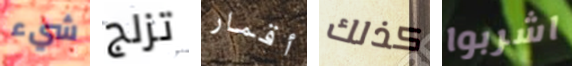
شيء تزلج أقمار كذلك اشربوا